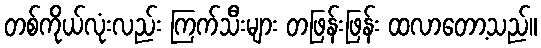
တစ်ကိုယ်လုံးလည်း ကြက်သီးများ တဖြန်းဖြန်း ထလာတော့သည်။